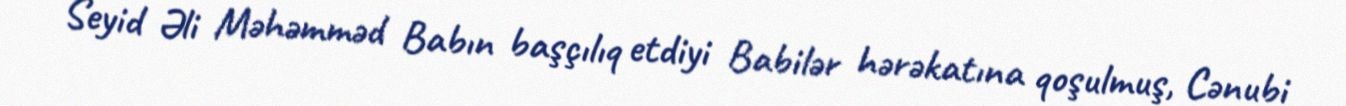
Seyid Əli Məhəmməd Babın başçılıq etdiyi Babilər hərəkatına qoşulmuş, Cənubi